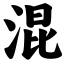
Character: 混